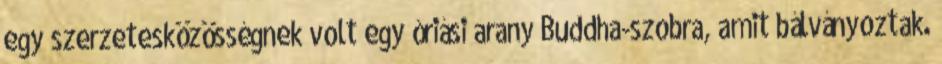
egy szerzetesközösségnek volt egy óriási arany Buddha-szobra, amit bálványoztak.